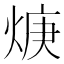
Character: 焿